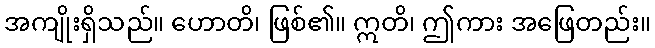
အကျိုးရှိသည်။ ဟောတိ၊ ဖြစ်၏။ ဣတိ၊ ဤကား အဖြေတည်း။